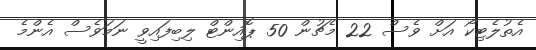
އެތުލެޓިކޯ އަށް ވެސް 22 މެޗުން 50 ޕޮއިންޓް ލިބިފައިވީ ނަމަވެސް އެެންމެ